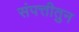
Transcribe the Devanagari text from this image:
संपत्तीतुन